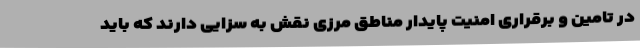
در تامین و برقراری امنیت پایدار مناطق مرزی نقش به سزایی دارند که باید